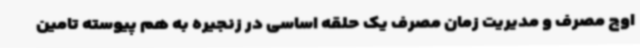
اوج مصرف و مدیریت زمان مصرف یک حلقه اساسی در زنجیره به هم پیوسته تامین